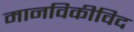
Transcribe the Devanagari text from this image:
मानविकीविद